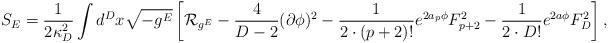
LaTeX: \begin{align*}S_E={1\over{2\kappa^2_D}}\int d^Dx\sqrt{-g^E}\left[{\cal R}_{g^E}-{4\over{D-2}}(\partial\phi)^2-{1\over{2\cdot (p+2)!}}e^{2a_p\phi}F^2_{p+2}-{1\over{2\cdot D!}}e^{2a\phi}F^2_D\right],\end{align*}